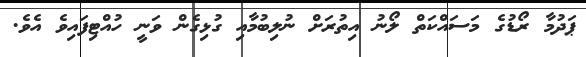
ޕަދުމާ ރޯޑުގެ މަސައްކަތް ލޯނު އިތުރަށް ނުލިބުމާއި ގުޅިގެން ވަނީ ހުއްޓިފައިވެ އެވެ.